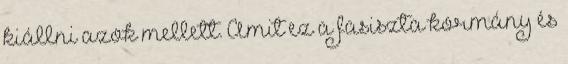
kiállni azok mellett. Amit ez a fasiszta kormány és